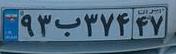
۹۳ب۳۷۴۴۷